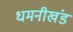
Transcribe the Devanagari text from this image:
धमनीखंड